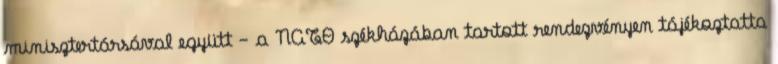
minisztertársával együtt - a NATO székházában tartott rendezvényen tájékoztatta